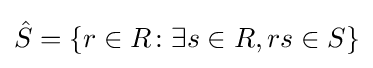
{\hat {S}}=\{r\in R\colon \exists s\in R,rs\in S\}